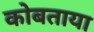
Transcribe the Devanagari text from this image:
कोबताया